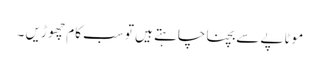
موٹاپے سے بچنا چاہتے ہیں تو سب کام چھو ڑیں ۔